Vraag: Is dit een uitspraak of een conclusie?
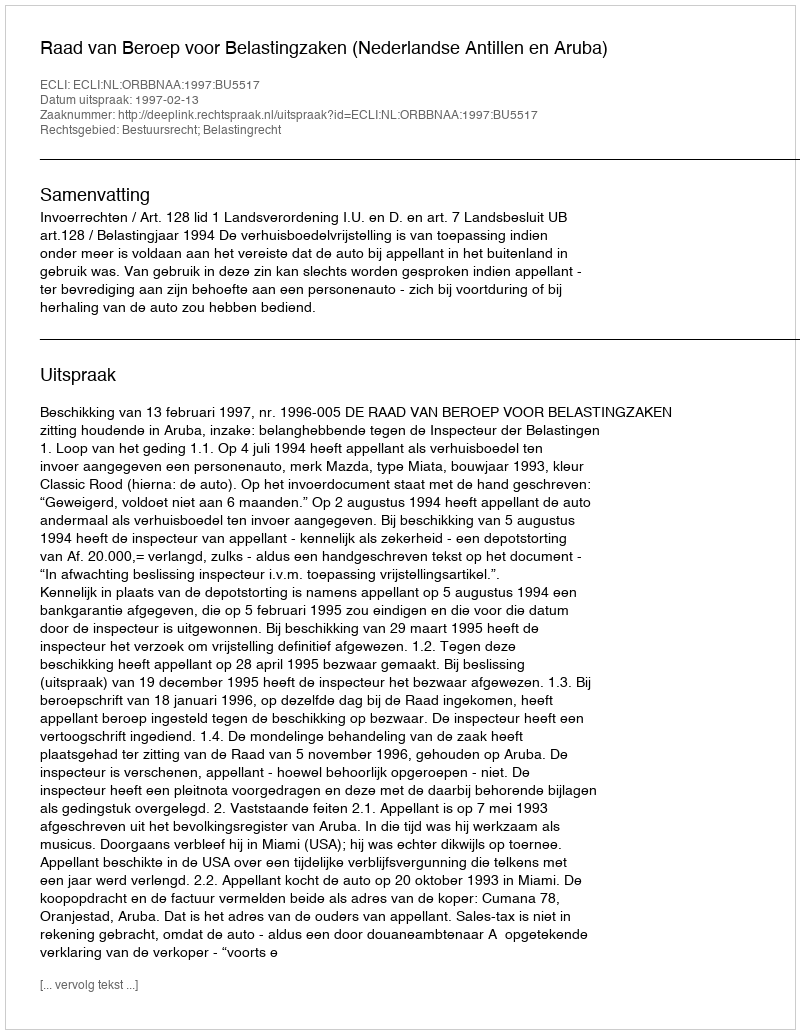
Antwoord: Uitspraak